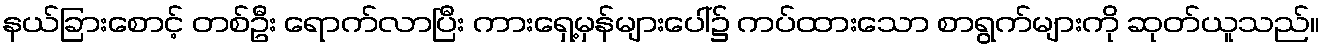
နယ်ခြားစောင့် တစ်ဦး ရောက်လာပြီး ကားရှေ့မှန်များပေါ်၌ ကပ်ထားသော စာရွက်များကို ဆုတ်ယူသည်။